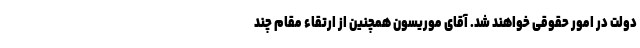
دولت در امور حقوقی خواهند شد. آقای موریسون همچنین از ارتقاء مقام چند